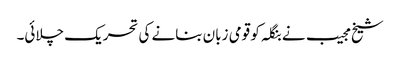
شیخ مجیب نے بنگلہ کو قومی زبان بنانے کی تحریک چلائی۔